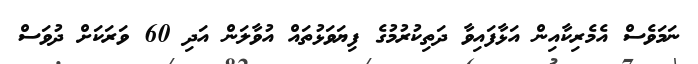
ނަމަވެސް އެމެރިކާއިން އަޅާފައިވާ ދަތިކުރުމުގެ ފިޔަވަޅުތައް އުވާލަން އަދި 60 ވަރަކަށް ދުވަސް